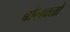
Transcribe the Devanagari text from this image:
बोलवतो